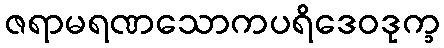
ဇရာမရဏသောကပရိဒေဝဒုက္ခ